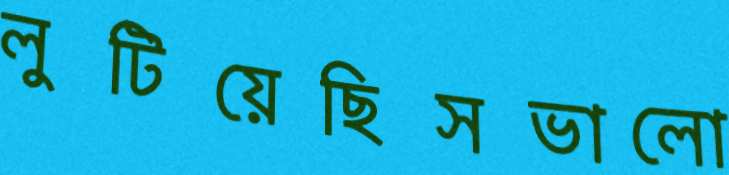
লুটিয়েছিসভালো